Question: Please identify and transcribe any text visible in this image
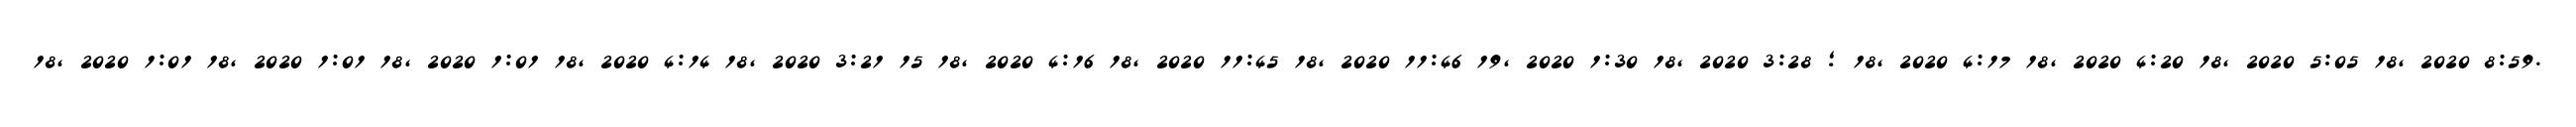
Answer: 18, 2020 1:01 18, 2020 1:01 18, 2020 1:01 18, 2020 4:14 18, 2020 3:21 15 18, 2020 4:16 18, 2020 11:45 18, 2020 11:46 19, 2020 1:30 18, 2020 3:28 ; 18, 2020 4:17 18, 2020 4:20 18, 2020 5:05 18, 2020 8:59.